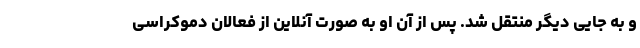
و به جایی دیگر منتقل شد. پس از آن او به صورت آنلاین از فعالان دموکراسی